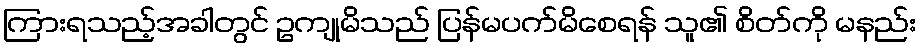
ကြားရသည့်အခါတွင် ဥကျုမိသည် ပြန်မပက်မိစေရန် သူ၏ စိတ်ကို မနည်း